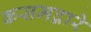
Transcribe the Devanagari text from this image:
कसमद्वारे